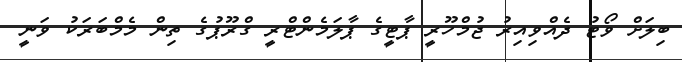
ބިލަށް ވޯޓު ދެއްވިއިރު ޖުމްހޫރީ ޕާޓީގެ ޕާލަމެންޓްރީ ގްރޫޕުގެ ތިން މެމްބަރަކު ވަނީ